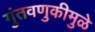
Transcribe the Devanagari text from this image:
गुंतवणुकीमुळे